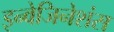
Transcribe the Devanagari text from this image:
इन्वेजिनेशंस